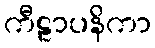
ကီဠာပနိကာ